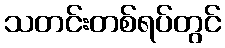
သတင်းတစ်ရပ်တွင်